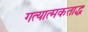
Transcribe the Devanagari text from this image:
गत्यात्मकताद्ध